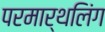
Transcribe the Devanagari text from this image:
परमार्थलिंग